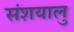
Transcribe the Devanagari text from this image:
संशयालु